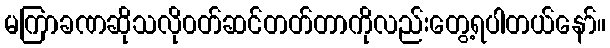
မကြာခဏဆိုသလို၀တ်ဆင်တတ်တာကိုလည်းတွေ့ရပါတယ်နော်။